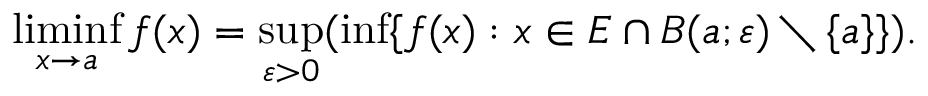
\operatorname* { l i m i n f } _ { x \to a } f ( x ) = \operatorname* { s u p } _ { \varepsilon > 0 } ( \operatorname* { i n f } \{ f ( x ) : x \in E \cap B ( a ; \varepsilon ) \setminus \{ a \} \} ) .